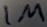
Text: 1M